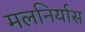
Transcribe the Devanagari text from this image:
मलनिर्यास